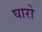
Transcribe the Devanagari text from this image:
घारो